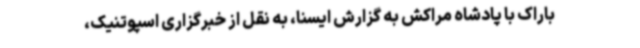
باراک با پادشاه مراکش به گزارش ایسنا، به نقل از خبرگزاری اسپوتنیک،